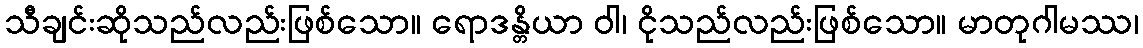
သီချင်းဆိုသည်လည်းဖြစ်သော။ ရောဒန္တိယာ ဝါ၊ ငိုသည်လည်းဖြစ်သော။ မာတုဂါမဿ၊